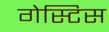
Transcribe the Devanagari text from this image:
गेस्टिस